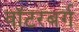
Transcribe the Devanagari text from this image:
वॉटरबर्ग